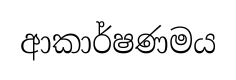
ආකාර්ෂණමය